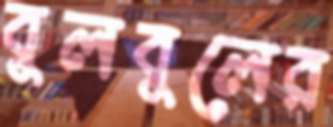
বুলবুলের